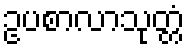
ဥပစာလာသုတ္တံ